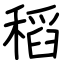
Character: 稻